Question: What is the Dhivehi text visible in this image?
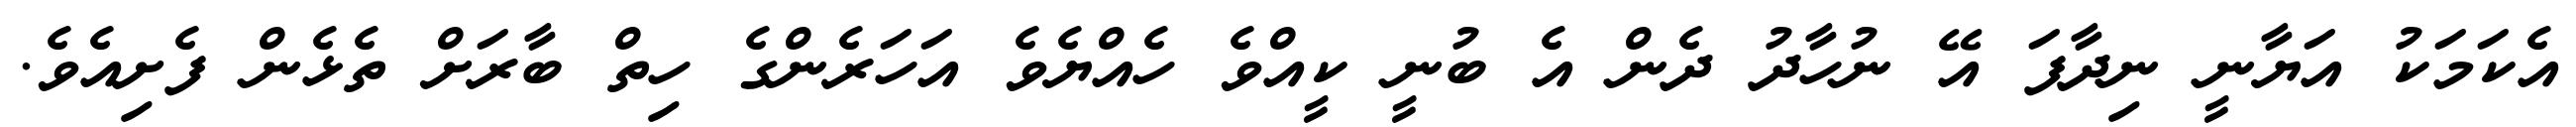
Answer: އެކަމަކު އަޔާނީ ނިދާފަ އޭ ނުހާދު ދެން އެ ބުނީ ކީއްވެ ހެއްޔެވެ އަހަރެންގެ ހިތް ބާރަށް ތެޅެން ފެށިއެވެ.